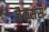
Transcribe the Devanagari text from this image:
जैकसंस